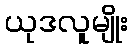
ယုဒလူမျိုး